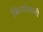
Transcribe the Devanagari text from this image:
किनारेवाली